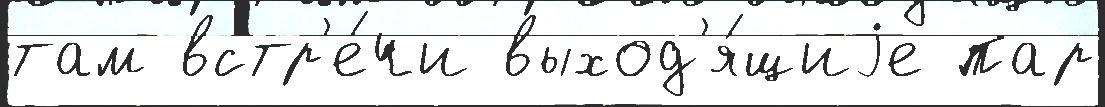
там встр'е́чи выход'я́щиjе пар